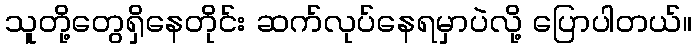
သူတို့တွေရှိနေတိုင်း ဆက်လုပ်နေရမှာပဲလို့ ပြောပါတယ်။